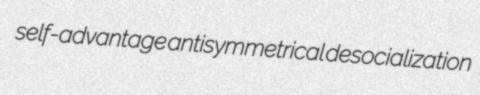
self-advantage antisymmetrical desocialization